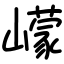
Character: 㠓